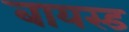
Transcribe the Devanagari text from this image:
बायस्ड